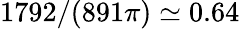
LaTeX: {\displaystyle 1792/(891\pi)\simeq 0.64}